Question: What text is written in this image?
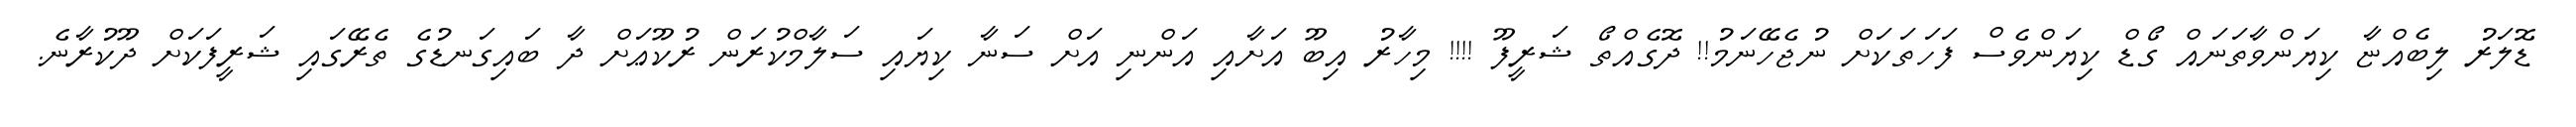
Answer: ޑޮލަރު ލިބެއްޏާ ކިޔަންވާތަނައް ގޯޑް ކިޔަންވެސް ފަހަތަކަށް ނުޖެހޭނަމު!! ދޮގެއްތޯ ޝަރީފޫ !!!! މިހާރު އިބޫ އަށާއި އަންނި އަށް ސަނާ ކިޔައި ސަލާމްކުރަން ރުކޫޢަށް ދާ ބައިގަނޑުގެ ތެރޭގައި ޝަރީފަކަށް ދޫކުރާނެ.